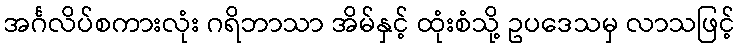
အင်္ဂလိပ်စကားလုံး ဂရိဘာသာ အိမ်နှင့် ထုံးစံသို့ ဥပဒေသမှ လာသဖြင့်